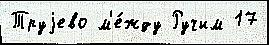
Труjево м'е́жду Ручим 17